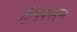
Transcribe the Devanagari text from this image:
ऍमरसन